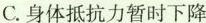
C.身体抵抗力暂时下降